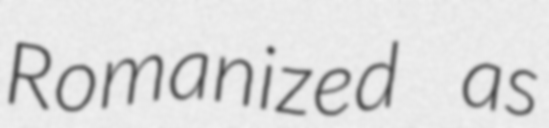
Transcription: Romanized as